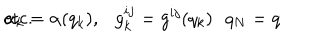
\alpha _ { k } = \alpha ( q _ { k } ) , \ \ \ g _ { k } ^ { i j } = g ^ { i j } ( q _ { k } ) \ \ \, q _ { N } = q \hspace { 2 c m } \mathrm { e t c . }